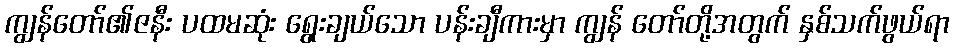
ကျွန်တော်၏ဇနီး ပထမဆုံး ရွေးချယ်သော ပန်းချီကားမှာ ကျွန် တော်တို့အတွက် နှစ်သက်ဖွယ်ရာ